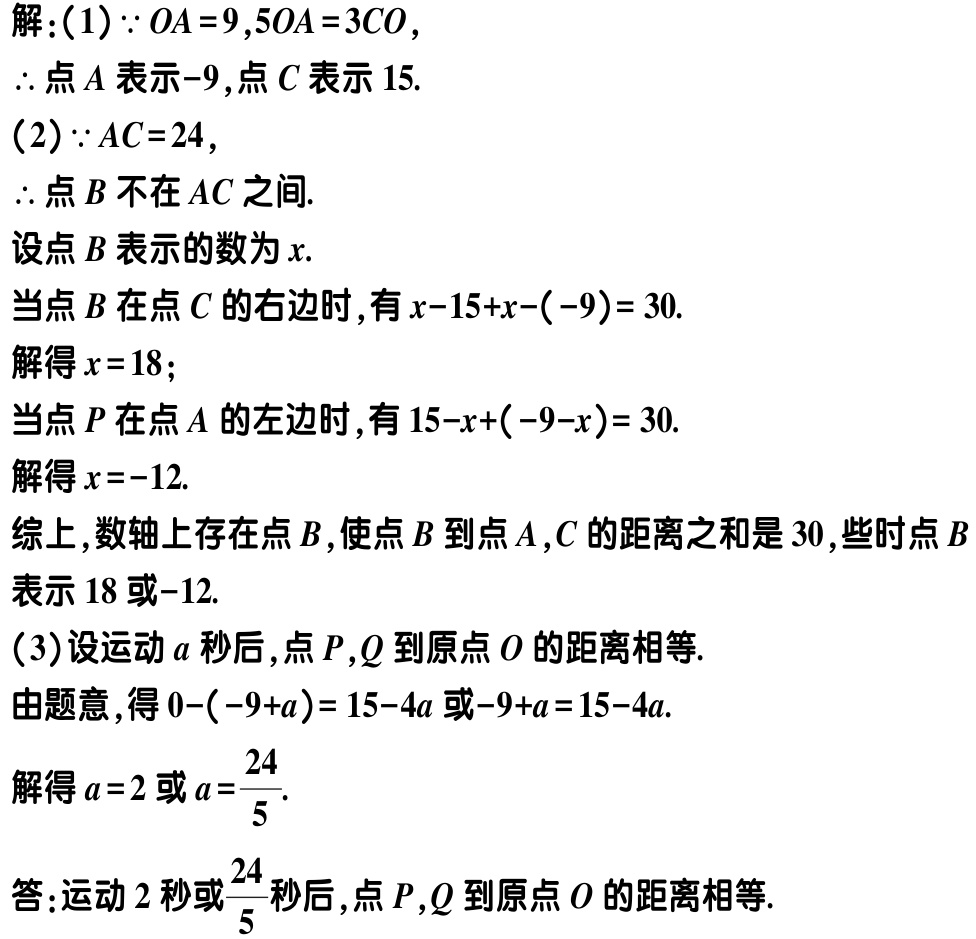
解：(1) \(\because OA = 9,5OA = 3CO\)，

\(\therefore\)点\(A\)表示\(-9\)，点\(C\)表示\(15\).

(2) \(\because AC = 24\)，

\(\therefore\)点\(B\)不在\(AC\)之间.

设点\(B\)表示的数为\(x\).

当点\(B\)在点\(C\)的右边时，有\(x - 15 + x - (-9)=30\).

解得\(x = 18\)；

当点\(P\)在点\(A\)的左边时，有\(15 - x + (-9 - x)=30\).

解得\(x = -12\).

综上，数轴上存在点\(B\)，使点\(B\)到点\(A\)，\(C\)的距离之和是\(30\)，些时点\(B\)表示\(18\)或\(-12\).

(3) 设运动\(a\)秒后，点\(P\)，\(Q\)到原点\(O\)的距离相等.

由题意，得\(0-(-9 + a)=15 - 4a\)或\(-9 + a = 15 - 4a\).

解得\(a = 2\)或\(a=\frac{24}{5}\).

答：运动\(2\)秒或\(\frac{24}{5}\)秒后，点\(P\)，\(Q\)到原点\(O\)的距离相等.